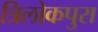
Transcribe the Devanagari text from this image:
त्रिलोकपुरा